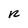
Character: r